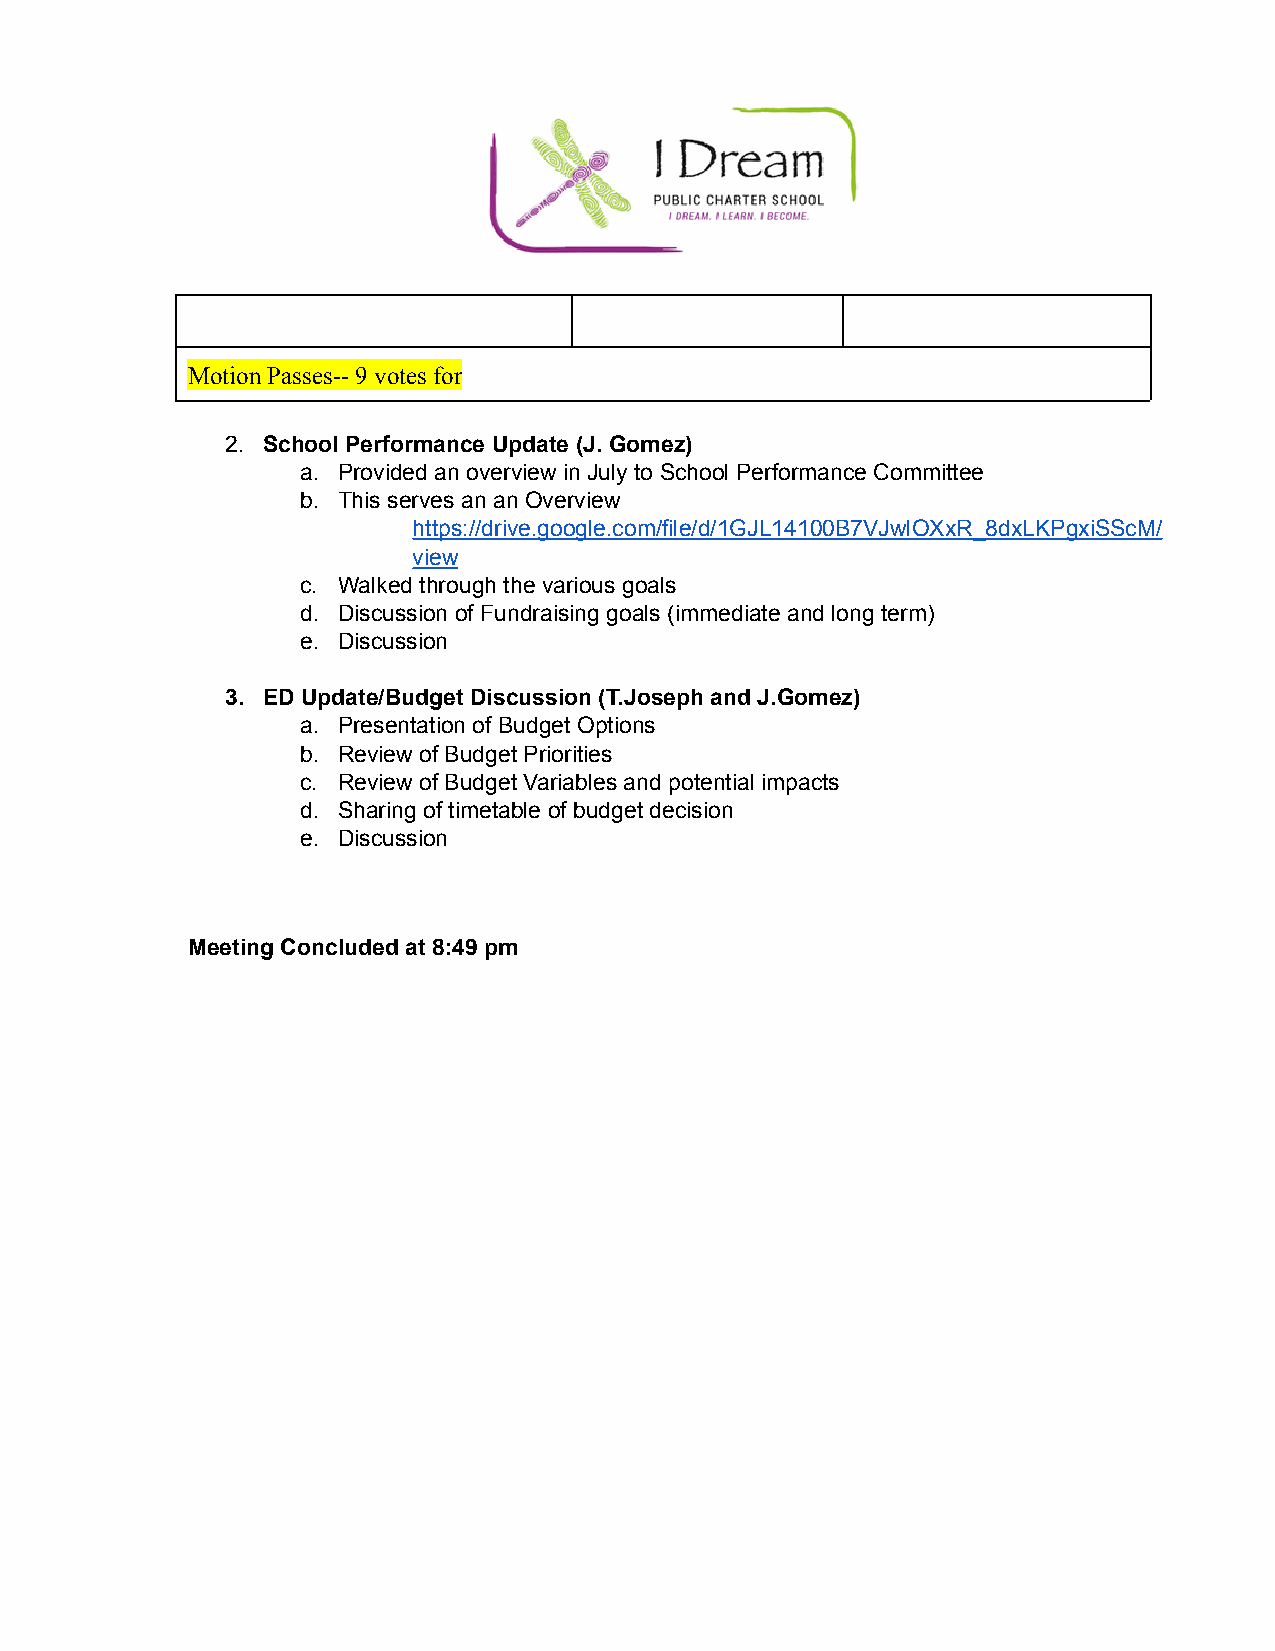
Motion Passes-- 9 votes for
 2. School Performance Update (J. Gomez)
 a. Provided an overview in July to School Performance Committee
 b. This serves an an Overview
 https://drive.google.com/file/d/1GJL14100B7VJwlOXxR_8dxLKPgxiSScM/
 view
 c. Walked through the various goals
 d. Discussion of Fundraising goals (immediate and long term)
 e. Discussion
 3. ED Update/Budget Discussion (T.Joseph and J.Gomez)
 a. Presentation of Budget Options
 b. Review of Budget Priorities
 c. Review of Budget Variables and potential impacts
 d. Sharing of timetable of budget decision
 e. Discussion
 Meeting Concluded at 8:49 pm